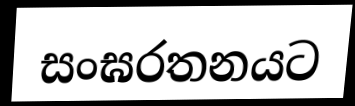
සංඝරතනයට